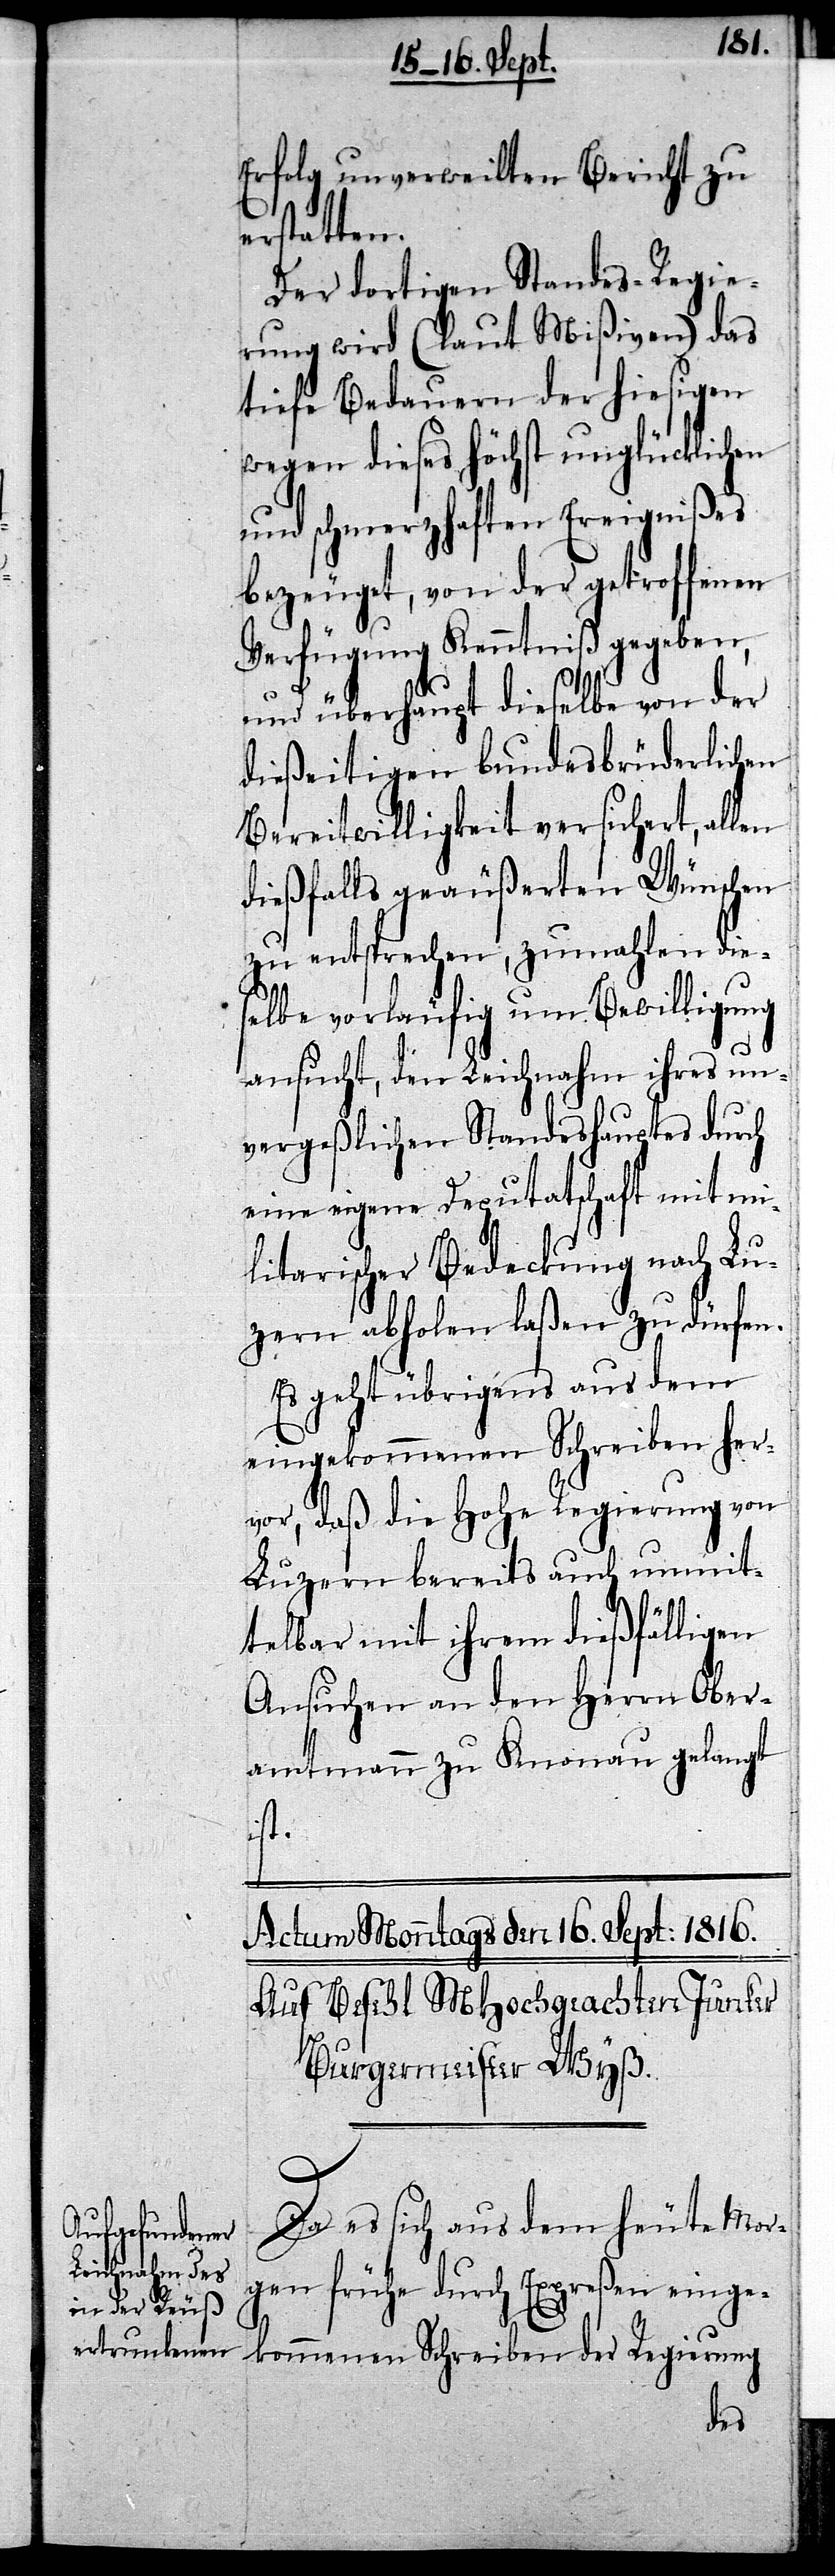
Erfolg unverweilten Bericht zu
erstatten.
Der dortigen Standes-Regie¬
rung wird (laut Mißiven) das
tiefe Bedauern der hiesigen
wegen dieses höchst unglücklichen
und schmerzhaften Ereignißes
bezeuget, von der getroffenen
Verfügung Kenntniß gegeben,
und überhaupt dieselbe von der
dießeitigen bundesbrüderlichen
Bereitwilligkeit versichert, allen
dießfalls geäußerten Wünschen
zu entsprechen, zumahlen die¬
selbe vorläufig um Bewilligung
ansucht, den Leichnahm ihres un¬
vergeßlichen Standeshauptes durch
eine eigene Deputatschaft mit mi¬
litarischer Bedeckung nach Lu¬
zern abholen laßen zu dürfen.
Es geht übrigens aus dem
eingekommenen Schreiben her¬
vor, daß die Hohe Regierung von
Luzern bereits auch unmit¬
telbar mit ihrem dießfälligen
Ansuchen an den Herrn Ober¬
amtmann zu Knonau gelangt
ist.
Actum Monntags den 16. Sept: 1816.
Auf Befehl MHochgeachten Junker
Burgermeister Wyß.
Da es sich aus dem heute Mor¬
gen frühe durch Expreßen einge¬
kommenen Schreiben der Regierung